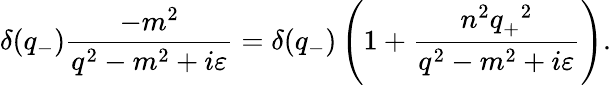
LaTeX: {\delta}(q_{-})\frac{-m^{2}}{q^{2}-m^{2}+i{\varepsilon}}={\delta}(q_{-})\left(1+\frac{n^{2}q_{+}^{\; \; 2}}{q^{2}-m^{2}+i{\varepsilon}}\right).